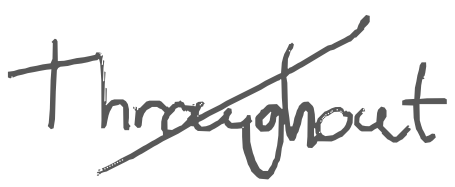
Text: Throughout
Cross-out: mix
Writing tool: digital_gray